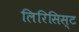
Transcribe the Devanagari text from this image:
लिरिसिस्ट